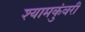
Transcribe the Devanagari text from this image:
श्यामकुंवरी